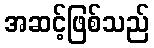
အဆင့်ဖြစ်သည်